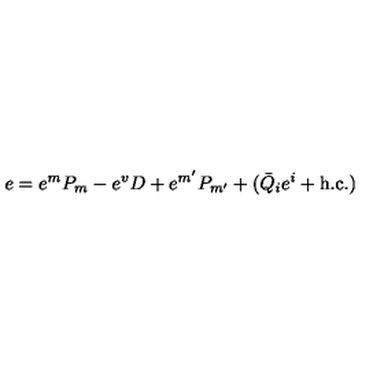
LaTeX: e = e ^ { m } P _ { m } - e ^ { v } D + e ^ { m ^ { \prime } } P _ { m ^ { \prime } } + ( \bar { Q } _ { i } e ^ { i } + \mathrm { h . c . } ) \,